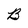
Character: B